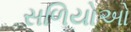
સળિયોઓ